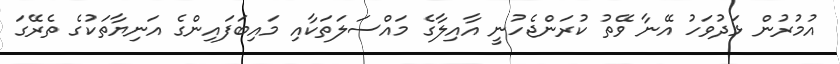
އުމުރުން ޅަދުވަހު އޭނާ ވޭތު ކުރަންޖެހުނީ އާއިލާގެ މައްސަލަތަކާއި މައިބަފައިންގެ އަނިޔާތަކުގެ ތެރޭގަ